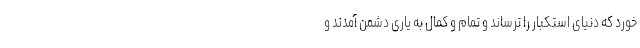
خورد که دنیای استکبار را ترساند و تمام و کمال به یاری دشمن آمدند و